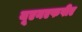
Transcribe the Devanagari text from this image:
यूएनएफपीए